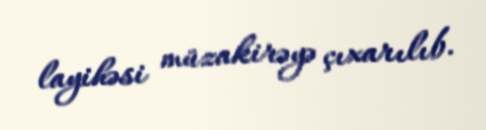
layihəsi müzakirəyə çıxarılıb.